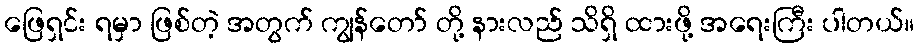
ဖြေရှင်း ရမှာ ဖြစ်တဲ့ အတွက် ကျွန်တော် တို့ နားလည် သိရှိ ထားဖို့ အရေးကြီး ပါတယ်။